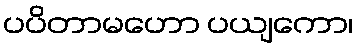
ပပိတာမဟော ပယျကော၊